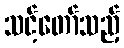
သင့်တော်သည့်